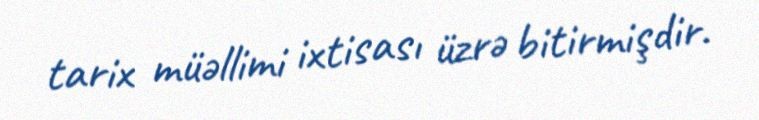
tarix müəllimi ixtisası üzrə bitirmişdir.